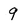
Character: q